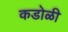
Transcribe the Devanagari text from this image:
कडोळी